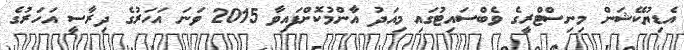
އެޑިޔުކޭޝަން މިނިސްޓްރީގެ ވެބްސައިޓުގައި މިއަދު އާންމުކޮށްފައިވާ 2015 ވަނަ އަހަރުގެ ދިރާސީ އަހަރުގެ